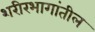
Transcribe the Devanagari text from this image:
शरीरभागांतील